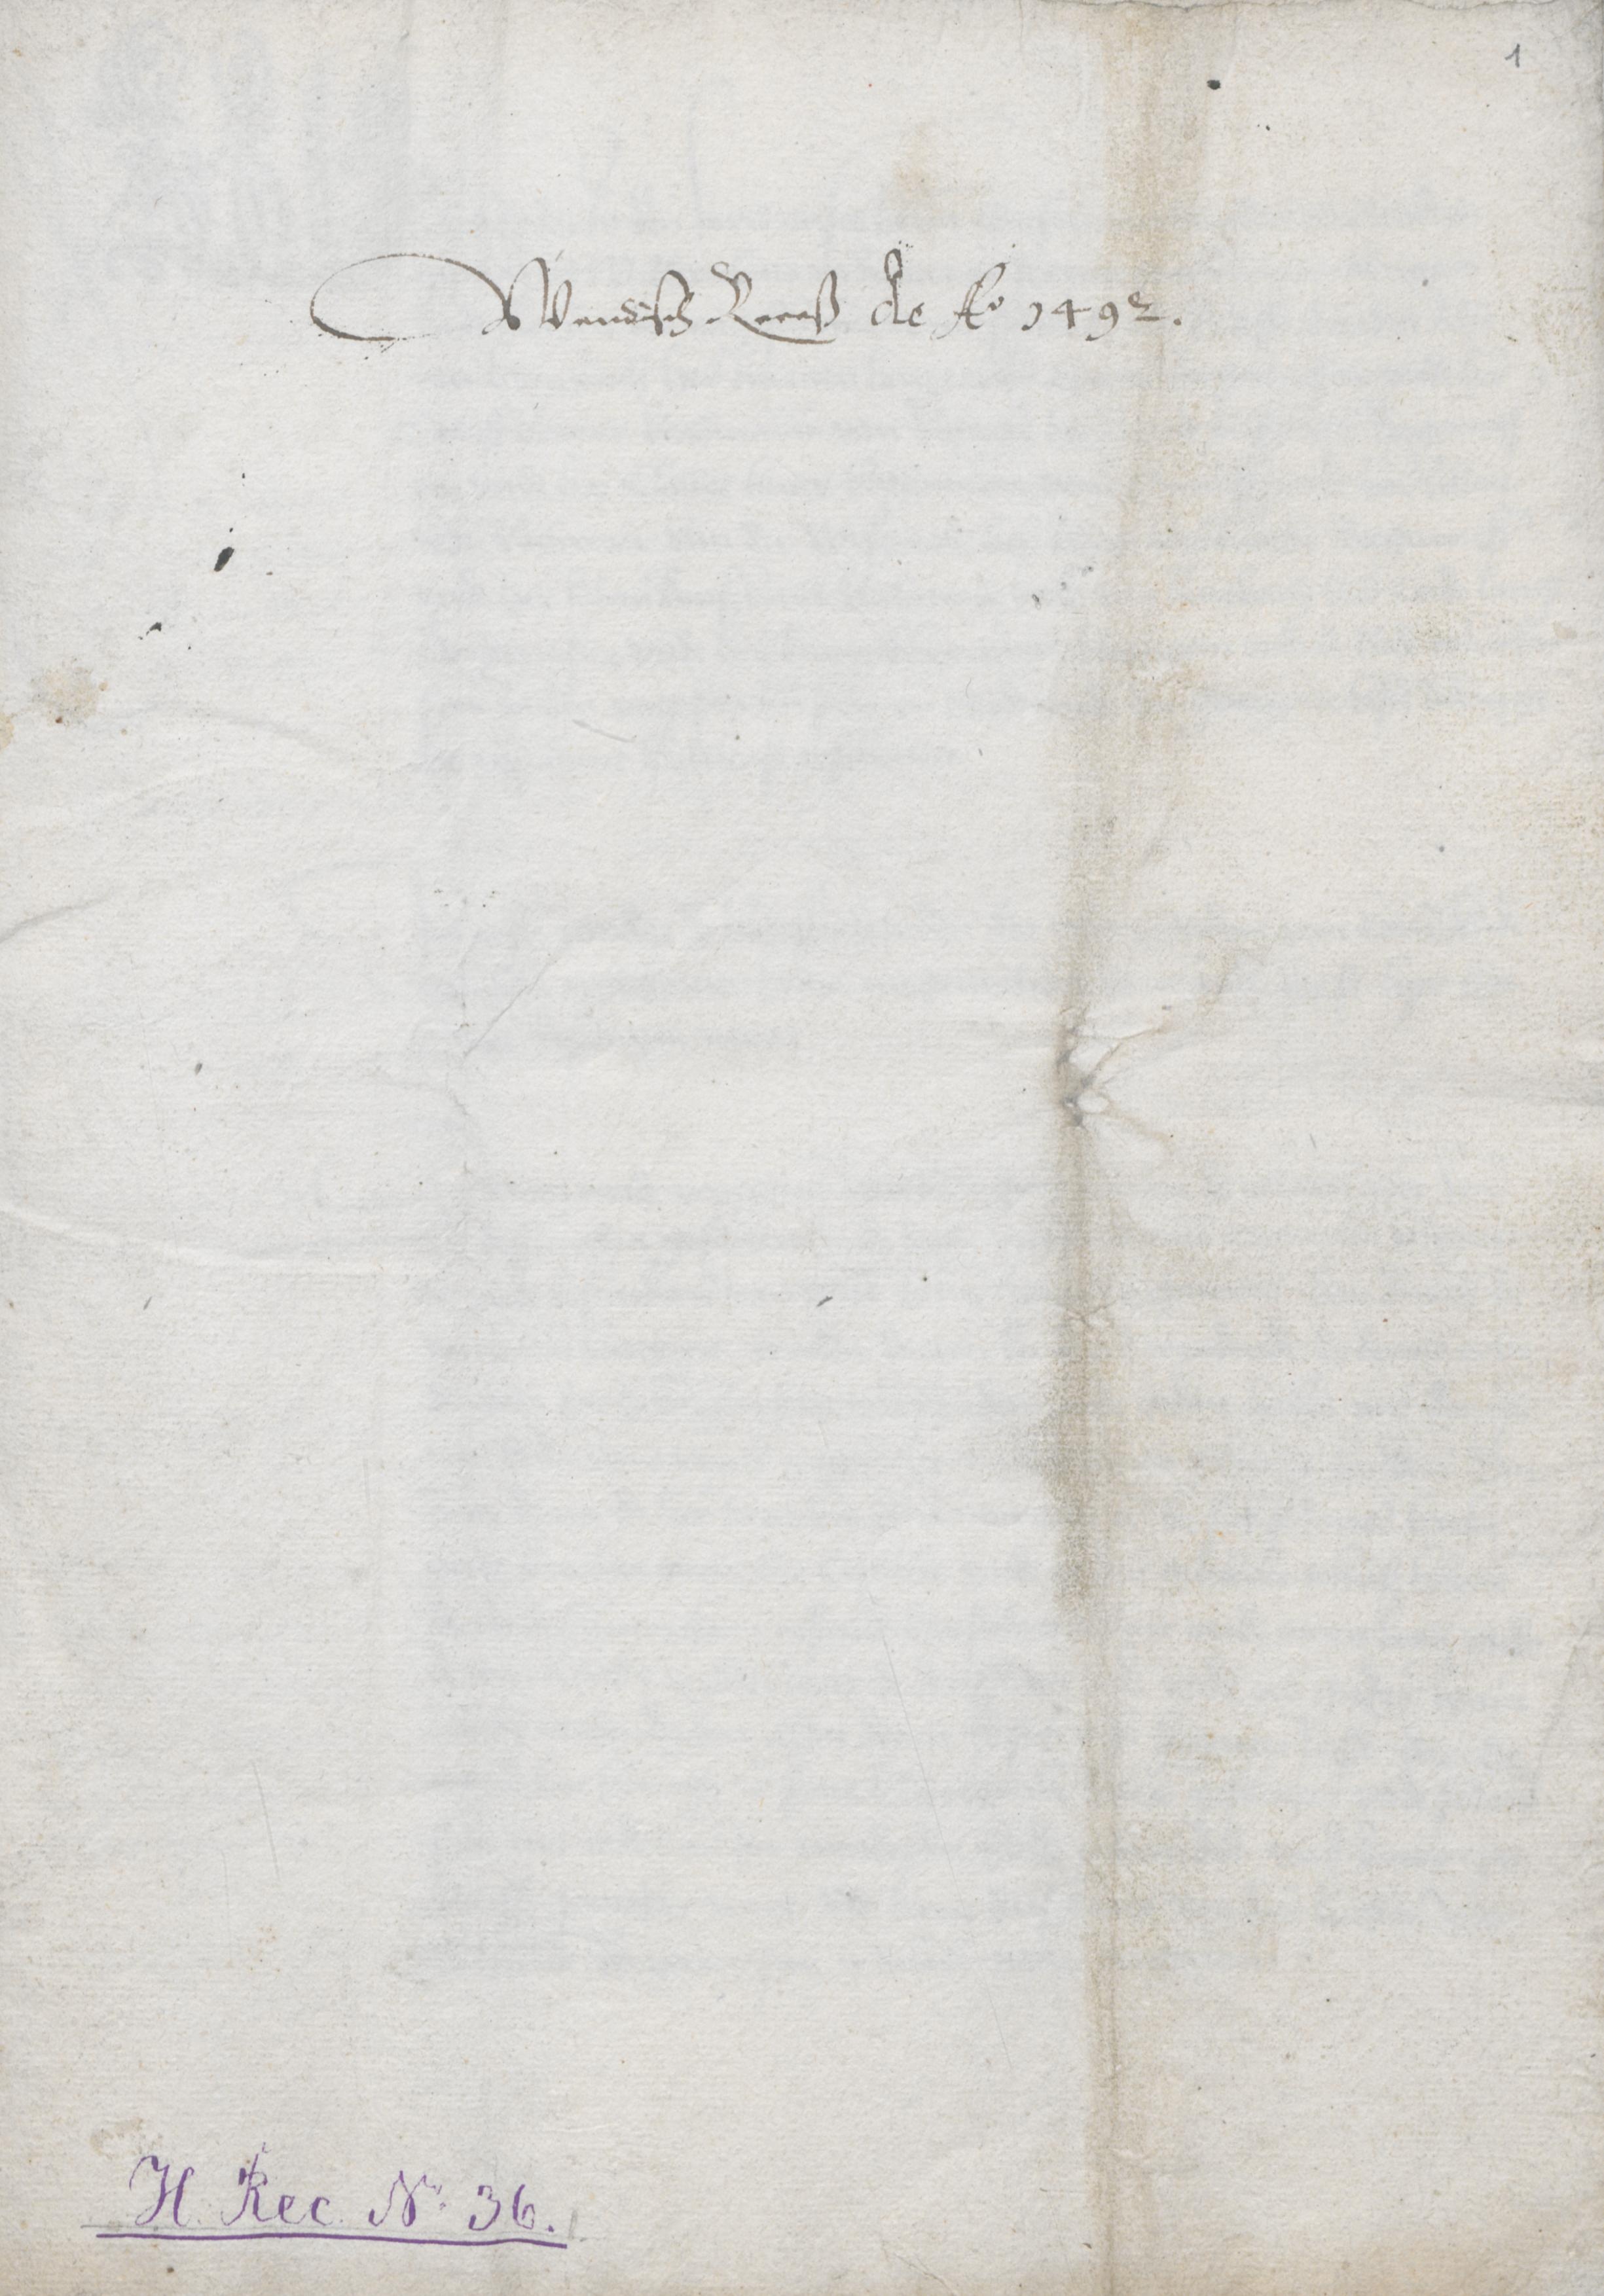
Wendisch Receß de Ao 1492.